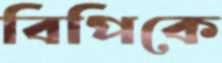
বিপিকে